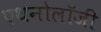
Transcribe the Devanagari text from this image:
एथनोलॉजी